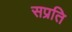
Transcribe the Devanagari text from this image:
सप्रति